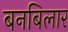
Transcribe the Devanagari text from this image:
बनबिलार